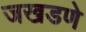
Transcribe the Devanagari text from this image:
जखडणे